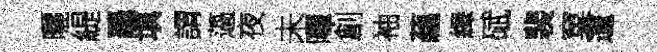
曬緹鼉填謂薖夜未嗶創袖藴繹碔裴窠邅